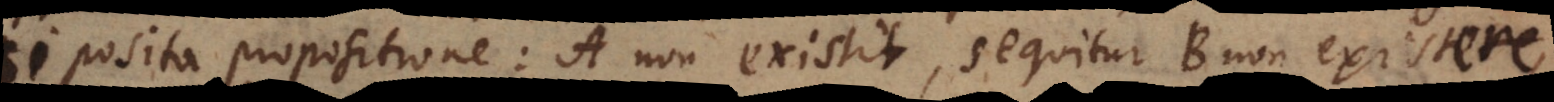
i posita propositione: A non existit, sequitur B non existit